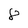
Character: 8